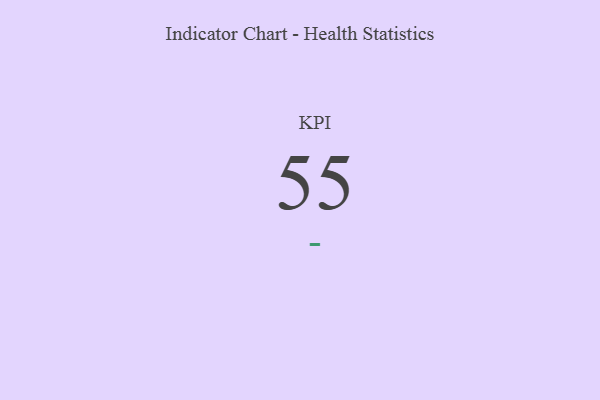
{"axis": {"x": "KPI", "y": "Value"}, "legend": [""], "data": [{"x": "KPI", "y": 55, "type": ""}]}